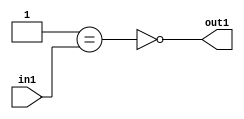
`timescale 1ps / 1ps
/*****************************************************************************
    Verilog RTL Description
    
    
    Created by: Stratus DpOpt 2019.1.01 
*******************************************************************************/

module st_weight_addr_gen_Nei1u16_4_8 (
	in1,
	out1
	); /* architecture "behavioural" */ 
input [15:0] in1;
output  out1;
wire  asc001,
	asc002;

assign asc002 = (21'B000000000000000000001==in1);

assign asc001 = 
	((~asc002));

assign out1 = asc001;
endmodule

/* CADENCE  ubP0SgE= : u9/ySgnWtBlWxVPRXgAZ4Og= ** DO NOT EDIT THIS LINE ******/